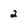
Character: 2